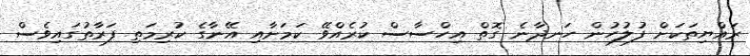
ރައްޔިތަކަށް ފުލުހުން ހަނދާނެ ގޮތް އިހްސާސް ކުރެއްވޭ ކަމަށާއި އޭނާގެ ކުރިމަތި ފަރާތުގައިވެސް